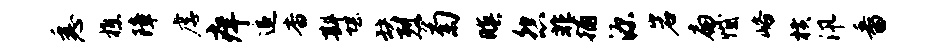
悉樵障虐痒追杳斟堪缺烈菊暝怨非捕源岩扁憾峪横汛番